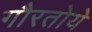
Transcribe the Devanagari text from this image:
गौरतोये